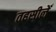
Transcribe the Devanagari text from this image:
तहसीलेँ